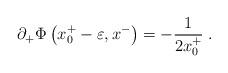
LaTeX: \begin{align*}\partial_+\Phi\left(x^+_0-\varepsilon,x^-\right)=-{1\over{2 x^+_0}}\;.\end{align*}